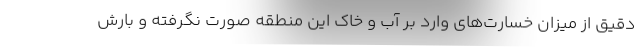
دقيق از ميزان خسارت‌هاي وارد بر آب و خاك اين منطقه صورت نگرفته و بارش